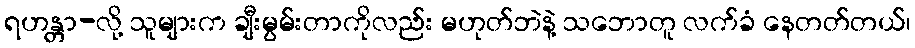
ရဟန္တာ-လို့ သူများက ချီးမွမ်းတာကိုလည်း မဟုတ်ဘဲနဲ့ သဘောတူ လက်ခံ နေတတ်တယ်၊